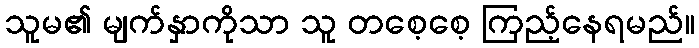
သူမ၏ မျက်နှာကိုသာ သူ တစေ့စေ့ ကြည့်နေရမည်။